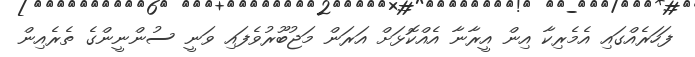
ފަހަރެއްގައި އެމެރިކާ އިން އީރާނާ އެއްކޮޅަށް އަރަން މަޖުބޫރުވެފައި ވަނީ ސުންނީންގެ ތެރެއިން